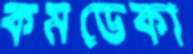
কমডেকা